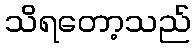
သိရတော့သည်